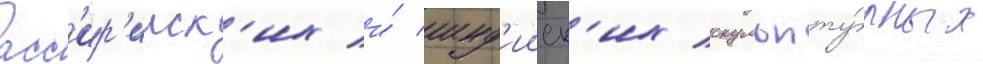
асс'ир'ииск'их и́ инд'ииск'их скульпту́рных